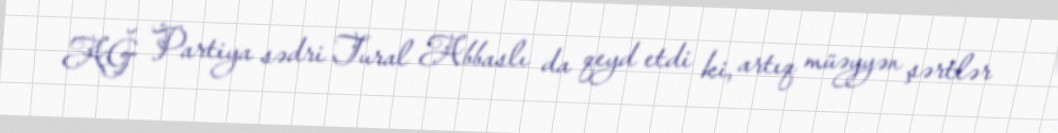
AĞ Partiya sədri Tural Abbaslı da qeyd etdi ki, artıq müəyyən şərtlər